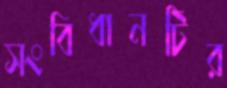
সংবিধানটির